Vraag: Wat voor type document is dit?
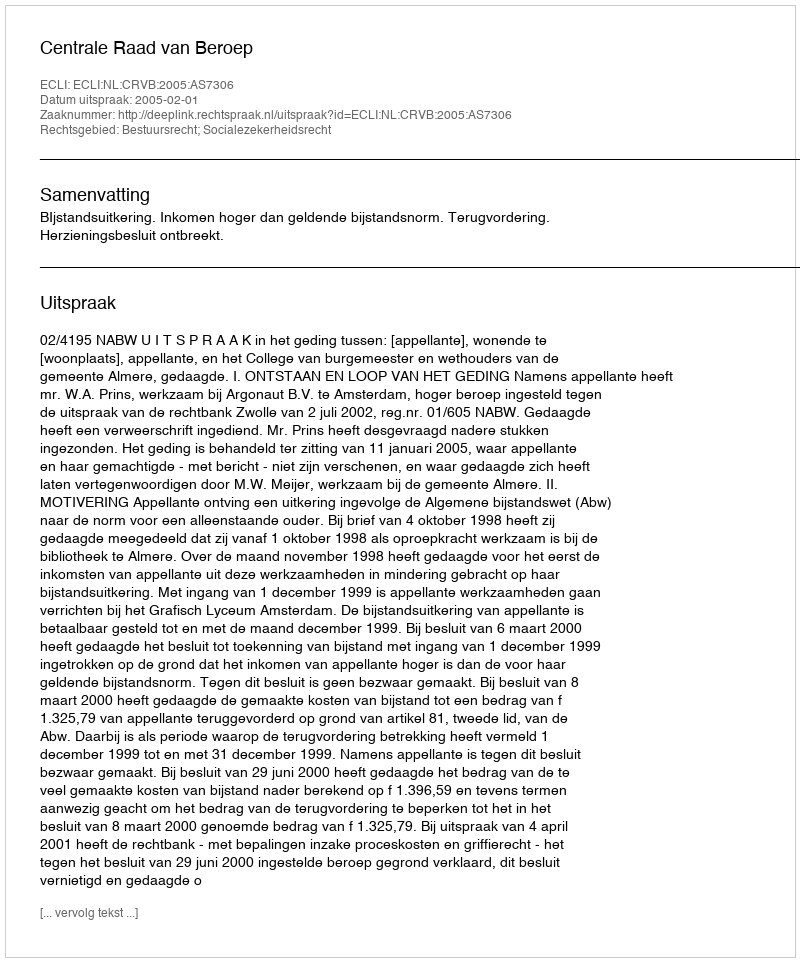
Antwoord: Uitspraak